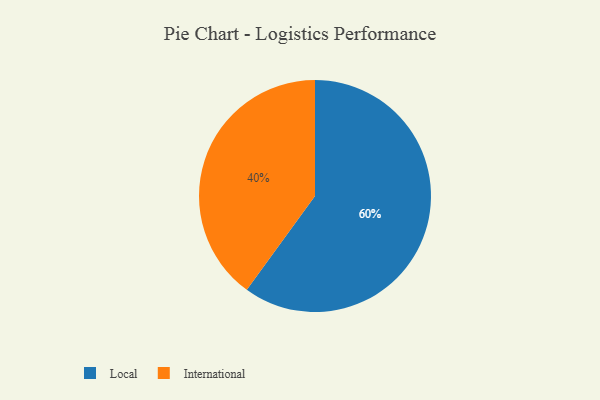
{"axis": {"x": "Category", "y": "Percentage"}, "legend": ["International", "Local"], "data": [{"x": "International", "y": 40, "type": "International"}, {"x": "Local", "y": 60, "type": "Local"}]}